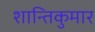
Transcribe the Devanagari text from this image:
शान्तिकुमार